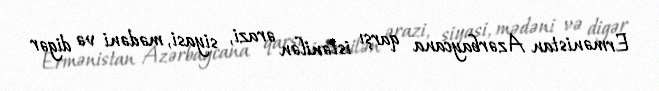
Ermənistan Azərbaycana qarşı istənilən ərazi, siyasi, mədəni və digər